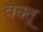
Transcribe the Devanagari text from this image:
वक्तू